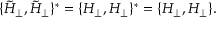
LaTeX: \{ \tilde { H } _ { \perp } , \tilde { H } _ { \perp } \} ^ { * } = \{ H _ { \perp } , H _ { \perp } \} ^ { * } = \{ H _ { \perp } , H _ { \perp } \} .